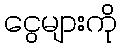
ငွေများကို